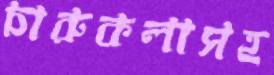
চারুকলাসহ